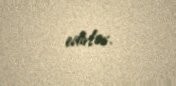
edirlər.